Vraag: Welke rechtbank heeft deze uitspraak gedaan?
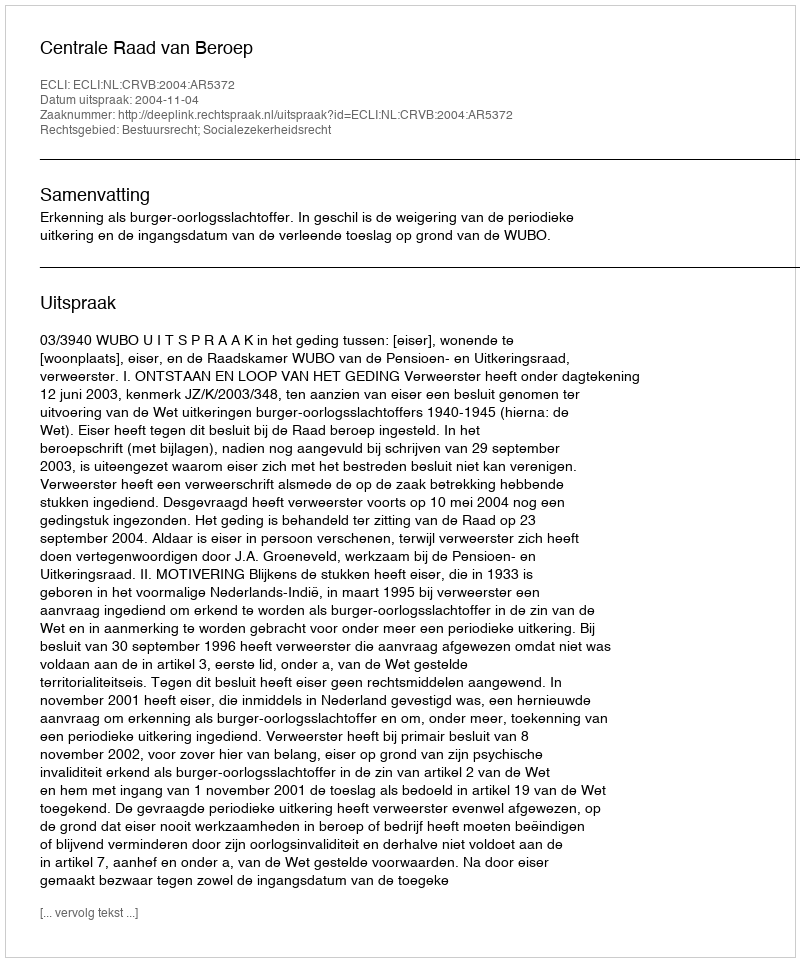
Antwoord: Centrale Raad van Beroep